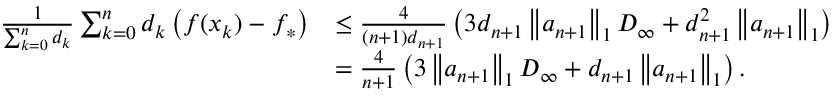
\begin{array} { r l } { \frac { 1 } { \sum _ { k = 0 } ^ { n } d _ { k } } \sum _ { k = 0 } ^ { n } d _ { k } \left( f ( x _ { k } ) - f _ { * } \right) } & { \leq \frac { 4 } { ( n + 1 ) d _ { n + 1 } } \left( 3 d _ { n + 1 } \left\Vert a _ { n + 1 } \right\Vert _ { 1 } D _ { \infty } + d _ { n + 1 } ^ { 2 } \left\Vert a _ { n + 1 } \right\Vert _ { 1 } \right) } \\ & { = \frac { 4 } { n + 1 } \left( 3 \left\Vert a _ { n + 1 } \right\Vert _ { 1 } D _ { \infty } + d _ { n + 1 } \left\Vert a _ { n + 1 } \right\Vert _ { 1 } \right) . } \end{array}